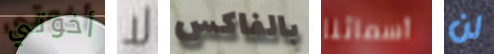
أخوتي لا بالفاكس أسمائنا لن